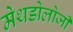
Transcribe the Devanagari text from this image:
मेथडोलोजी